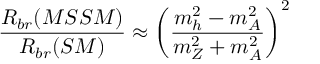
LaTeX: \frac { R _ { b r } ( M S S M ) } { R _ { b r } ( S M ) } \approx \left( \frac { m _ { h } ^ { 2 } - m _ { A } ^ { 2 } } { m _ { Z } ^ { 2 } + m _ { A } ^ { 2 } } \right) ^ { 2 }